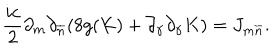
\frac { i c } { 2 } \partial _ { m } \partial _ { \overline { { n } } } ( 8 g ( K ) + \partial _ { \gamma } \partial _ { \gamma } K ) = J _ { m \overline { { { n } } } } .